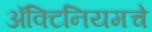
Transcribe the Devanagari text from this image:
ॲक्टिनियमचे